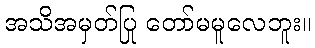
အသိအမှတ်ပြု တော်မမူလေဘူး။